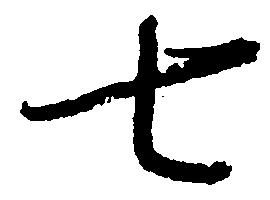
七